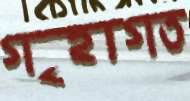
গৃহাগত